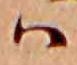
ハ